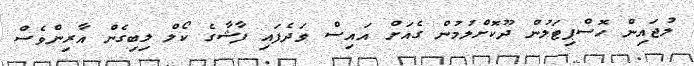
ލުޖައިން ހޮސްޕިޓަލުން ދޫކޮށްލުމުން ގެއަށް އައިސް ވަދެފައި ފާޝާގެ ކޯލް ލިބިގެން އާރިންވެސް